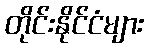
တိုင်းနိုင်ငံများ